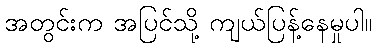
အတွင်းက အပြင်သို့ ကျယ်ပြန့်နေမှုပါ။